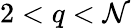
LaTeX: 2<q<\mathcal{N}